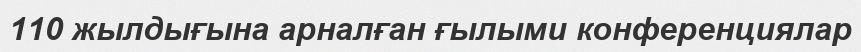
110 жылдығына арналған ғылыми конференциялар